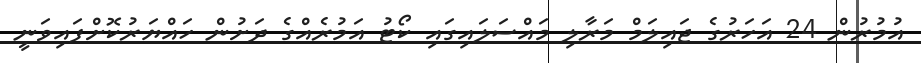
އުމުރުން 24 އަހަރުގެ ޖައިލަމް މަރާލި މައްސަލައިގައި ކޯޓު އަމުރެއްގެ ދަށުން ހައްޔަރުކޮށްފައިވަނީ